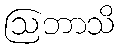
ဩဘာသိ